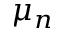
\mu _ { n }